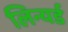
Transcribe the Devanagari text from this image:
लिन्यर्ड